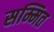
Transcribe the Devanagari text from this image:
सम्मित